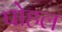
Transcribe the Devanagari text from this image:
पोहल